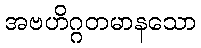
အဗဟိဂ္ဂတမာနသော